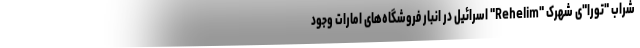
شراب "تورا"ی شهرک "Rehelim" اسرائیل در انبار فروشگاه‌های امارات وجود